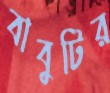
বাবুটির